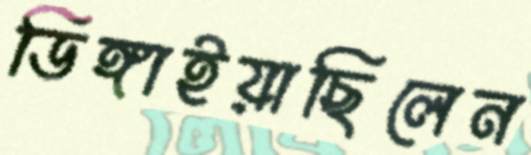
ডিঙ্গাইয়াছিলেন